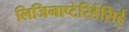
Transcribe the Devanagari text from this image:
लिजिनाप्टेरिडेसिई